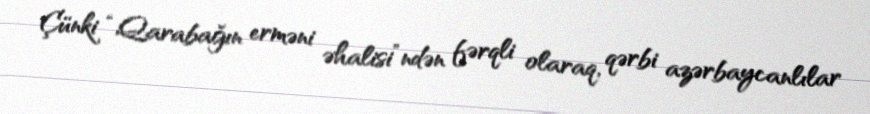
Çünki “Qarabağın erməni əhalisi”ndən fərqli olaraq, qərbi azərbaycanlılar